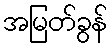
အမြတ်ခွန်